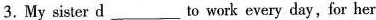
3. My sister d___to work every day, for her